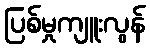
ပြစ်မှုကျူးလွန်